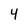
Character: 4